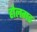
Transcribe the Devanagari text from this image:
होलगड